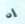
إن